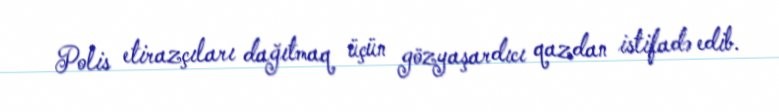
Polis etirazçıları dağıtmaq üçün gözyaşardıcı qazdan istifadə edib.